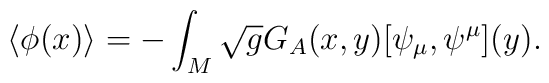
\langle \phi(x) \rangle = -\int_{M}\sqrt{g}  G_{A}(x,y)[\psi_{\mu},\psi^{\mu}](y).